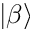
| \beta \rangle